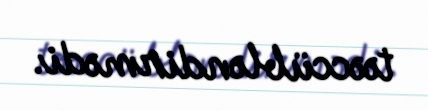
təəccübləndirmədi.